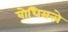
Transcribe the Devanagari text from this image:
बोधिसत्त्वे